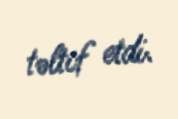
təltif etdi.